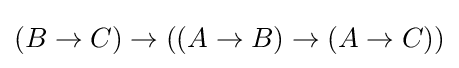
(B\to C)\to ((A\to B)\to (A\to C))